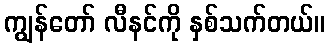
ကျွန်တော် လီနင်ကို နှစ်သက်တယ်။